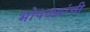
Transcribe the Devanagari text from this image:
भोपळ्यांची